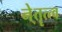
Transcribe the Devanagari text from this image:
ने्तॄत्त्व